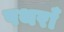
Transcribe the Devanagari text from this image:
पथराँ